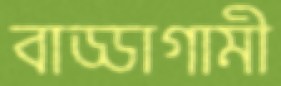
বাড্ডাগামী